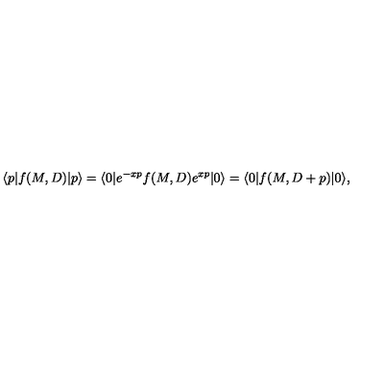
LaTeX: \langle p | f ( M , D ) | p \rangle = \langle 0 | e ^ { - x p } f ( M , D ) e ^ { x p } | 0 \rangle = \langle 0 | f ( M , D + p ) | 0 \rangle ,